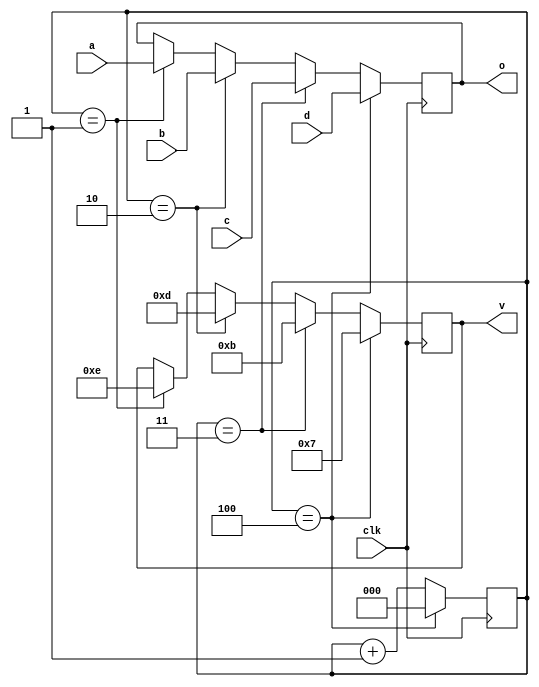
`timescale 1ns / 1ps
//////////////////////////////////////////////////////////////////////////////////
// Company: 
// Engineer: 
// 
// Design Name: 
// Module Name: MUXarray
// Project Name: 
// Target Devices: 
// Tool Versions: 
// Description: 
// 
// Dependencies: 
// 
// Revision:
// Revision 0.01 - File Created
// Additional Comments:
// 
//////////////////////////////////////////////////////////////////////////////////


module MUXarray #(parameter SIZE=4)(
    input [SIZE-1:0] a,
    input [SIZE-1:0] b,
    input [SIZE-1:0] c,
    input [SIZE-1:0] d,
    input clk,
    output reg [SIZE-1:0] o,
    output reg [SIZE-1:0] v
    );
    
    reg [2:0] i;
    
    always @(posedge clk) begin
        if(i == 4) i <= 0;
        else
        i <= i + 1;
        
        
        if(i == 1) begin
            o <= a;
            v <= 4'b1110;
            end
            
        if(i == 2) begin
            o <= b;
            v <= 4'b1101;
            end
            
        if(i == 3) begin
            o <= c;
            v <= 4'b1011;
            end
            
        if(i == 4) begin
            o <= d;
            v <= 4'b0111;
            end
   
   end
       
endmodule